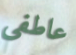
عاطفي